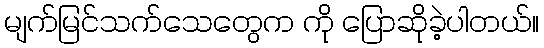
မျက်မြင်သက်သေတွေက ကို ပြောဆိုခဲ့ပါတယ်။